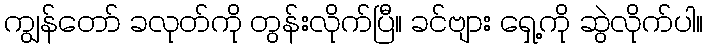
ကျွန်တော် ခလုတ်ကို တွန်းလိုက်ပြီ။ ခင်ဗျား ရှေ့ကို ဆွဲလိုက်ပါ။